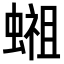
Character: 𬠢